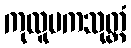
ကုလူပကသုတ္တံ